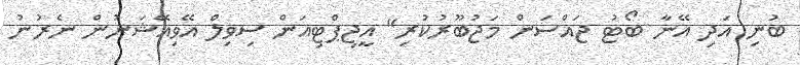
ބުނި އަދި އޭނާ ބޯޓު ޖައްސަން މަޖުބޫރުކުރި" އީޖިޕްޓިއަން ސިވިލް އޭވިއޭޝަނުން ނެރުނު